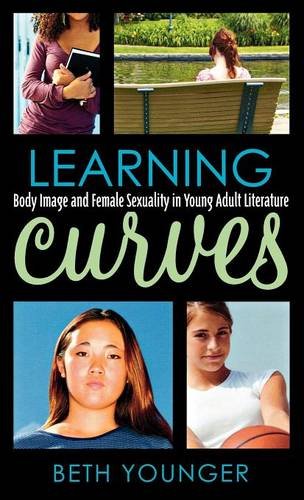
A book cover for Learning Curves: Body Image and Female Sexuality in Young Adult Literature (Studies in Young Adult Literature); Beth Younger; Teen & Young Adult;